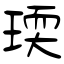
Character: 瑌